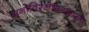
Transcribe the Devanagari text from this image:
मनोविश्लेषणशास्त्र